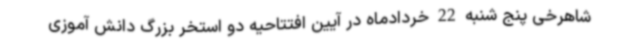
شاهرخی پنج شنبه 22 خردادماه در آیین افتتاحیه دو استخر بزرگ دانش آموزی